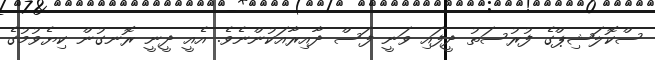
ސްކޮލަޝިޕްގެ ފުރުސަތު ދީފައި ވަނީ ފަސް ދާއިރާއަކުންނެވެ. އެއީ ދީނީ ރޮނގުން ކިޔެވުމުގެ